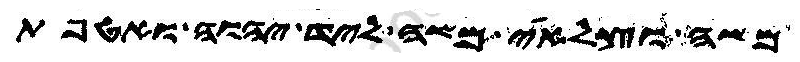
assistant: משה וצלאי משה ליד יהוה ואטפת